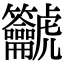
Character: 𪛔